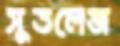
সুতলেজ